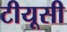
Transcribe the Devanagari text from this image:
टीयूसी